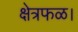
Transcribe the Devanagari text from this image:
क्षेत्रफळ।